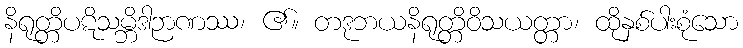
နိရုတ္တိပဋိသမ္ဘိဒါဉာဏဿ၊ ၏။ တဒုဘယနိရုတ္တိဝိသယတ္တာ၊ ထိုနှစ်ပါးစုံသော